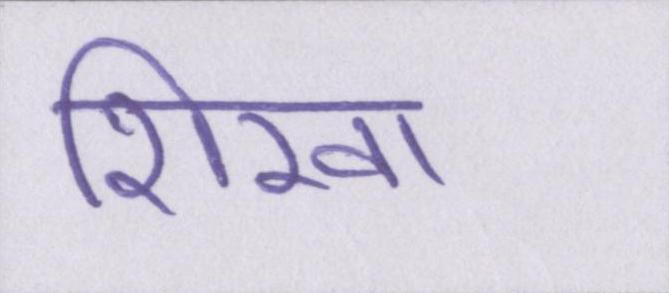
शिखा